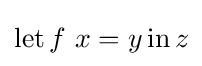
\operatorname {let} f\ x=y\operatorname {in} z